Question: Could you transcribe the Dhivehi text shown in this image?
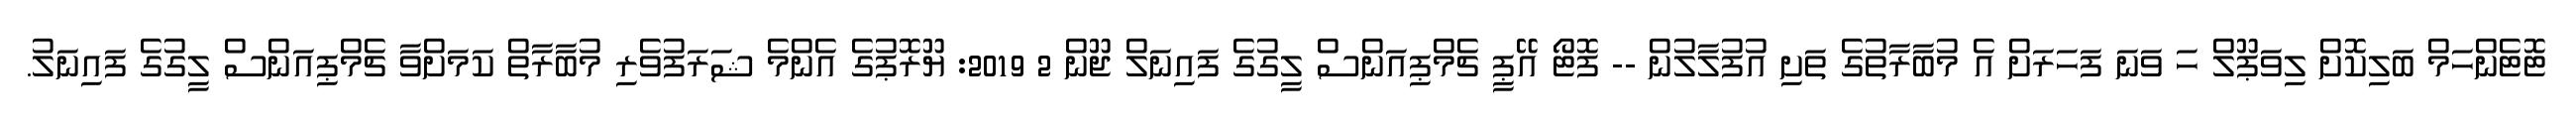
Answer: ޓޮޓެންހަމް ބަލިކޮށް ލިވަޕޫލް ހަ ވަނަ ފަހަރަށް އެ މުބާރާތުގެ ތަށި އުފުލާލުން -- ފޮޓޯ އޭޕީ ޗެމްޕިއަންސް ލީގުގެ ފައިނަލް ޖޫން 2 2019: ޔޫރޮޕުގެ އެންމެ ޝަރަފުވެރި މުބާރާތް ކަމަށްވާ ޗެމްޕިއަންސް ލީގުގެ ފައިނަލު.